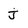
Character: j